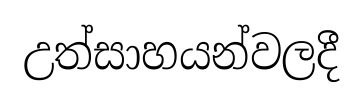
උත්සාහයන්වලදී